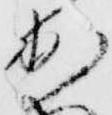
出